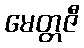
မေတ္တဇီ